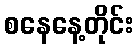
စနေနေ့တိုင်း